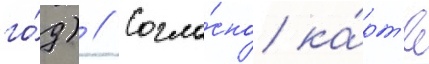
го́д) // Согла́сно ка́рт'е